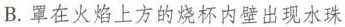
B.罩在火焰上方的烧杯内壁出现水珠